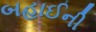
બહાઈની